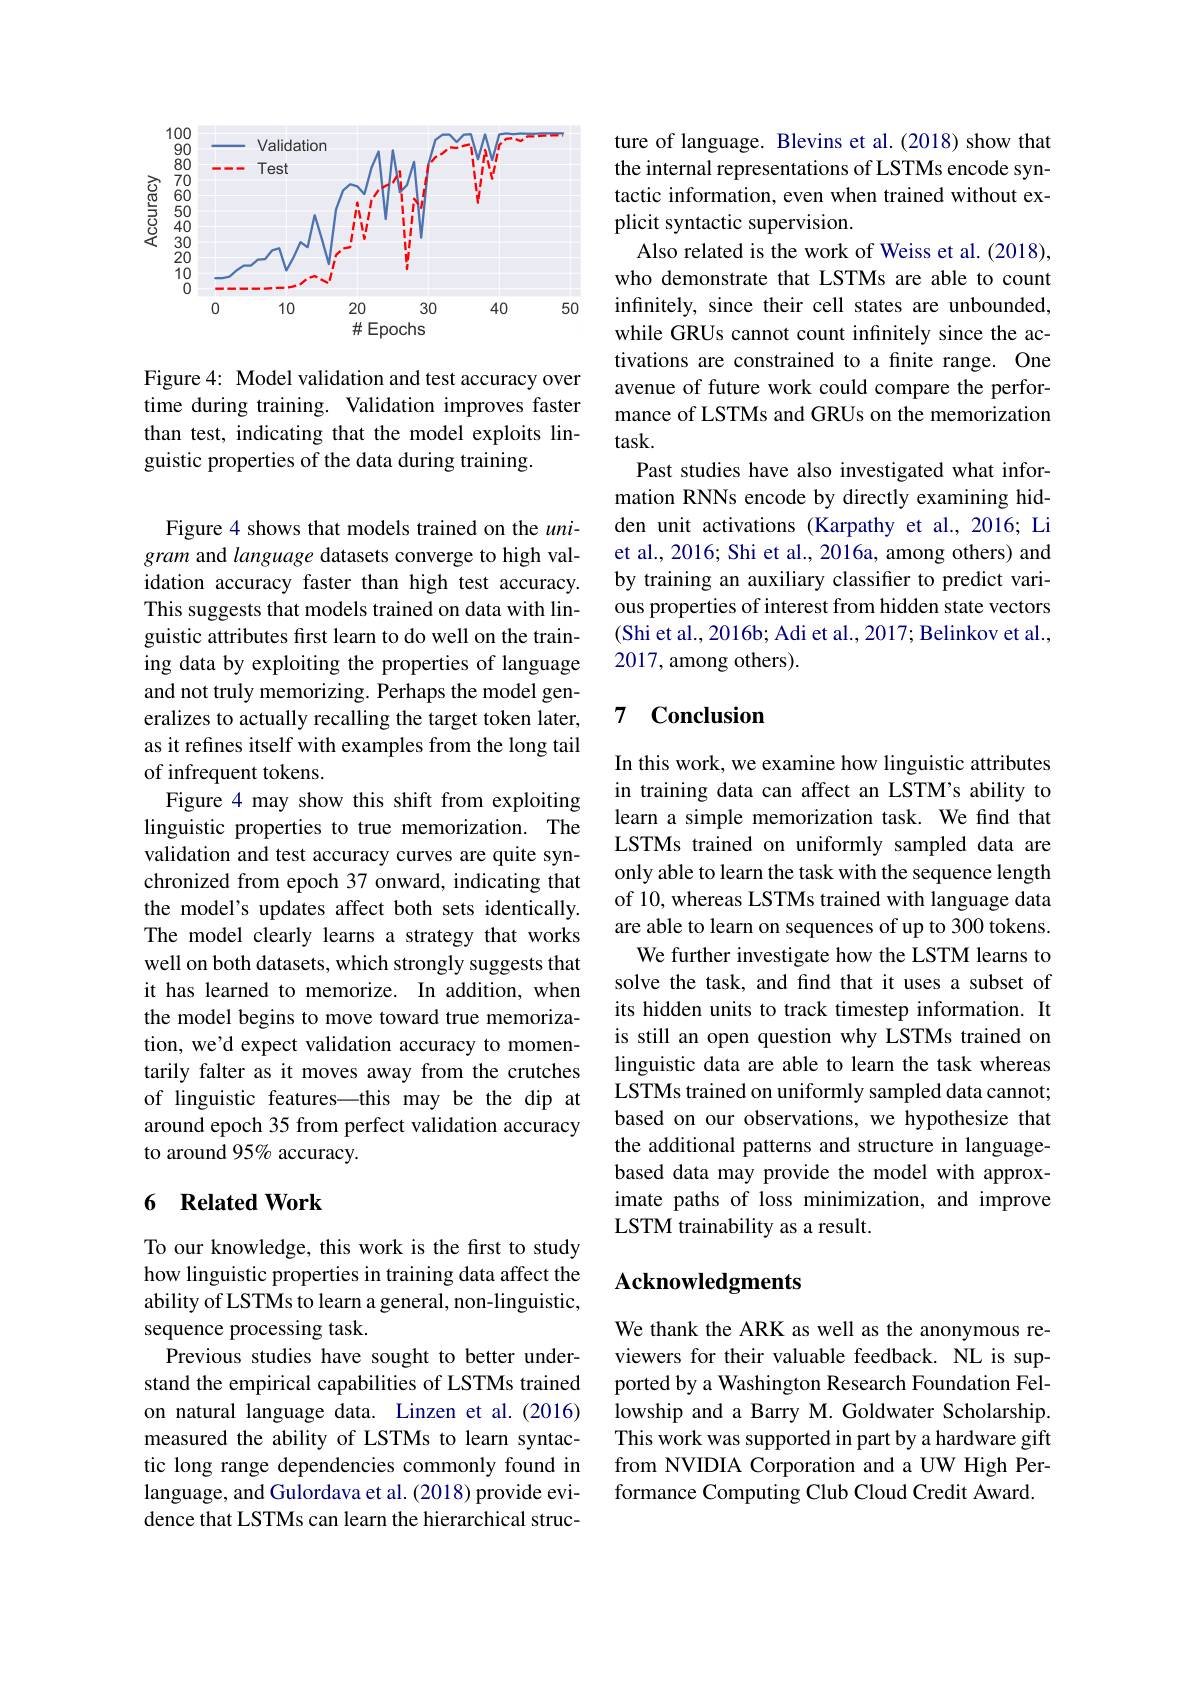
<FigureHere>

Figure 4: Model validation and test accuracy over time during training. Validation improves faster than test, indicating that the model exploits linguistic properties of the data during training.

Figure 4 shows that models trained on the unigram and language datasets converge to high validation accuracy faster than high test accuracy. This suggests that models trained on data with linguistic attributes first learn to do well on the training data by exploiting the properties of language and not truly memorizing. Perhaps the model generalizes to actually recalling the target token later, as it refines itself with examples from the long tail of infrequent tokens.
Figure 4 may show this shift from exploiting linguistic properties to true memorization. The validation and test accuracy curves are quite synchronized from epoch 37 onward, indicating that the model's updates affect both sets identically. The model clearly learns a strategy that works well on both datasets, which strongly suggests that it has learned to memorize. In addition, when the model begins to move toward true memorization, we'd expect validation accuracy to momentarily falter as it moves away from the crutches of linguistic features—this may be the dip at around epoch 35 from perfect validation accuracy to around 95% accuracy.

### 6 Related Work

To our knowledge, this work is the first to study how linguistic properties in training data affect the ability of LSTMs to learn a general, non-linguistic, sequence processing task.
Previous studies have sought to better understand the empirical capabilities of LSTMs trained on natural language data. Linzen et al.(2016) measured the ability of LSTMs to learn syntactic long range dependencies commonly found in language, and Gulordava et al. (2018) provide evidence that LSTMs can learn the hierarchical struc-

ture of language. Blevins et al.(2018) show that the internal representations of LSTMs encode syntactic information, even when trained without explicit syntactic supervision.
Also related is the work of Weiss et al. (2018), who demonstrate that LSTMs are able to count infinitely, since their cell states are unbounded, while GRUs cannot count infinitely since the activations are constrained to a finite range. One avenue of future work could compare the performance of LSTMs and GRUs on the memorization $task.$
Past studies have also investigated what information RNNs encode by directly examining hidden unit activations (Karpathy et al.,2016; Li et al., 2016; Shi et al., 2016a, among others) and by training an auxiliary classifer to predict various properties of interest from hidden state vectors (Shi et al., 2016b; Adi et al., 2017; Belinkov et al., 2017, among others).

### 7 $\textbf{Conclusion}$

In this work, we examine how linguistic attributes in training data can affect an LSTM's ability to learn a simple memorization task. We find that LSTMs trained on uniformly sampled data are only able to learn the task with the sequence length of 10, whereas LSTMs trained with language data are able to learn on sequences of up to 300 tokens.
We further investigate how the LSTM learns to solve the task, and find that it uses a subset of its hidden units to track timestep information. It is still an open question why LSTMs trained on linguistic data are able to learn the task whereas LSTMs trained on uniformly sampled data cannot; based on our observations, we hypothesize that the additional patterns and structure in languagebased data may provide the model with approximate paths of loss minimization, and improve LSTM trainability as a result.

## Acknowledgments

We thank the ARK as well as the anonymous reviewers for their valuable feedback. NL is supported by a Washington Research Foundation Fellowship and a Barry M. Goldwater Scholarship. This work was supported in part by a hardware gift from NVIDIA Corporation and a UW High Performance Computing Club Cloud Credit Award.